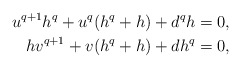
\begin{align*}u^{q+1}h^q + u^q (h^q + h) + d^q h &= 0,\\hv^{q+1} + v (h^q+h) + d h^q &= 0,\end{align*}